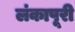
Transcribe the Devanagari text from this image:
लंकापूरी